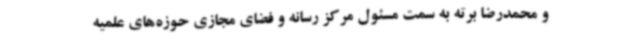
و محمدرضا برته به سمت مسئول مرکز رسانه و فضای مجازی حوزه‌های علمیه